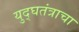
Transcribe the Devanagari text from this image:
युद्घतंत्राचा